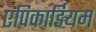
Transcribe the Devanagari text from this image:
एपिकार्डियम